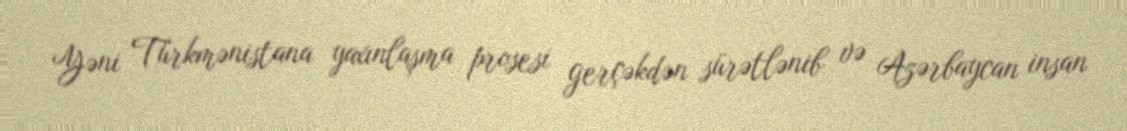
Yəni Türkmənistana yaxınlaşma prosesi gerçəkdən sürətlənib və Azərbaycan insan